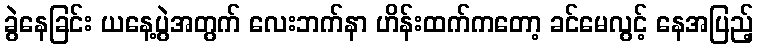
ခွဲနေခြင်း ယနေ့ပွဲအတွက် လေးဘက်နာ ဟိန်းထက်ကတော့ ခင်မေလွင့် နေအပြည့်